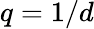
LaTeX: q=1/d